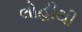
લોહીથી